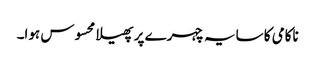
ناکامی کا سایہ چہرے پر پھیلا محسوس ہوا۔